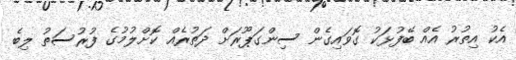
އެކު އިތުރު އެއް ބޭފުޅަކު ގޮވައިގެން ސިންގަޕޫރަށް ދަތުރެއް ކޮށްލުމުގެ ފުރުސަތު ލިބެ